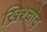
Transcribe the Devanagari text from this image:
ख्रिश्चोव